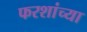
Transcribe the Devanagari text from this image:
फरशांच्या